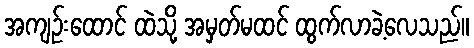
အကျဉ်းထောင် ထဲသို့ အမှတ်မထင် ထွက်လာခဲ့လေသည်။